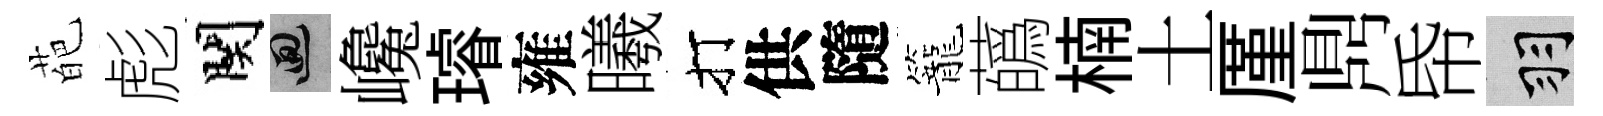
葩彪関回巉璿雍曦打供隨籠蘤楠土厪𪔂帋羽